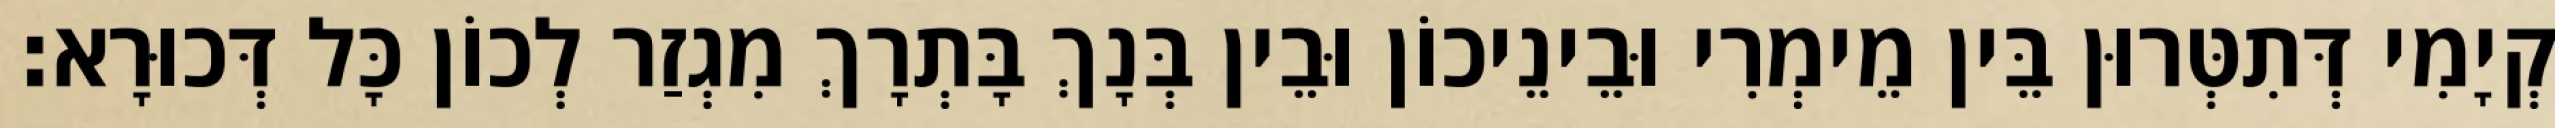
קְיָמִי דְּתִטְּרוּן בֵּין מֵימְרִי וּבֵינֵיכוֹן וּבֵין בְּנָךְ בָּתְרָךְ מִגְזַר לְכוֹן כָּל דְּכוּרָא׃